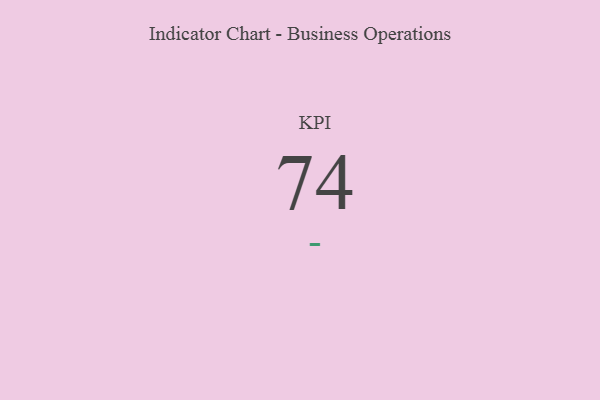
{"axis": {"x": "KPI", "y": "Value"}, "legend": [""], "data": [{"x": "KPI", "y": 74, "type": ""}]}